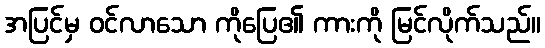
အပြင်မှ ဝင်လာသော ကိုပြေ၏ ကားကို မြင်လိုက်သည်။